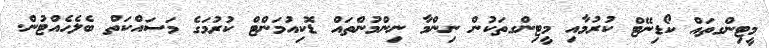
މީޓިންގތައް ކޯޑިނޭޓް ކުރުމާއި މީޓިންގތަކުން ނިންމާ ނިންމުންތައް ޑޮކިއުމަންޓް ކުރުމަގެ މަސައްކަތް ބެލެހެއްޓުން.